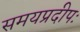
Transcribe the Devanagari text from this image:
समयप्रदीपः